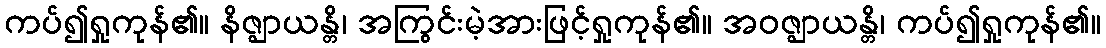
ကပ်၍ရှုကုန်၏။ နိဇ္ဈာယန္တိ၊ အကြွင်းမဲ့အားဖြင့်ရှုကုန်၏။ အဝဇ္ဈာယန္တိ၊ ကပ်၍ရှုကုန်၏။